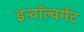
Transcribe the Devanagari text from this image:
इन्वॉल्वमेंट